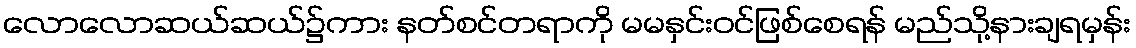
လောလောဆယ်ဆယ်၌ကား နတ်စင်တရာကို မမနှင်းဝင်ဖြစ်စေရန် မည်သို့နားချရမှန်း